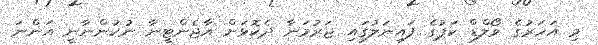
މި އަހަރުގެ ވޯލްޑް ކަޕުގެ ފައިނަލުގައި ޖަރުމަނާ ދެކޮޅަށް އާޖެންޓީނާ ނުކުންނާނީ އަންނަ